Reports on dispensaries and lunatic asylums in the Province of Oudh - 1869-1876
Year: 1869
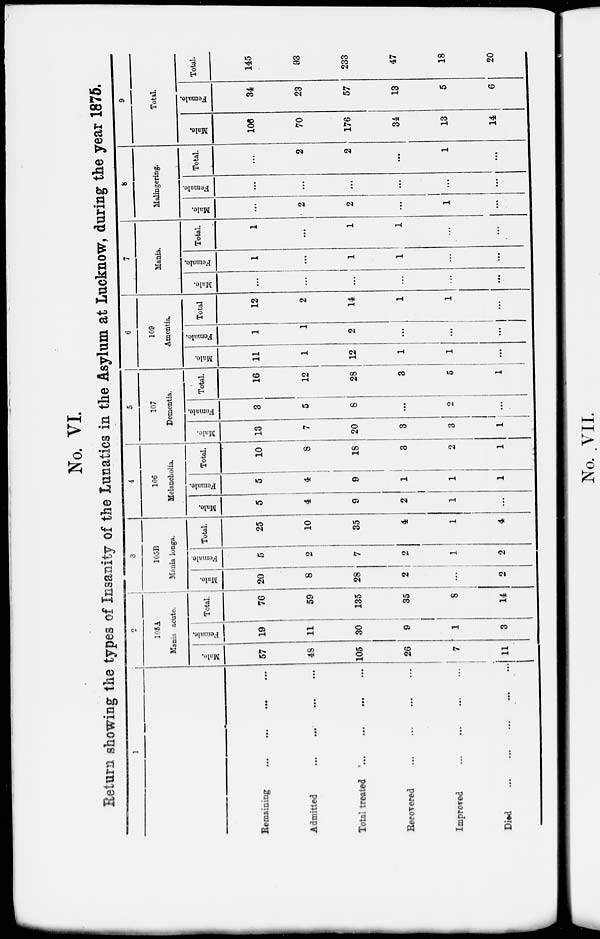
No. VI.
Return showing the types of Insanity of the Lunatics in the Asylum at Lucknow, during the year 1875.
1
Remaining ... ... ... …
Admitted … … … …
Total treated … … … …
Recovered … … … …
Improved … … … …
Died
...
... … …
2
105A
Mania acute.
Male.
57
48
105
26
7
11
Female.
19
11
30
9
1
3
Total.
76
59
135
35
8
14
3
105B
Mania longa.
Male.
20
8
28
2
...
2
Female.
5
2
7
2
1
2
Total.
25
10
35
4
1
4
4
106
Melancholia.
Male.
5
4
9
2
1
…
Female.
5
4
9
1
1
1
Total.
10
8
18
3
2
1
5
107
Dementia.
Male.
13
7
20
3
3
1
Female.
3
5
8
…
2
…
Total.
16
12
28
3
5
1
6
109
Amentia.
Male.
11
1
12
1
1
…
Female.
1
1
2
...
…
…
Total
12
2
14
1
1
…
7
Mania.
Male.
…
...
...
...
...
…
Female.
1
…
1
1
...
...
Total.
1
…
1
1
…
…
8
Malingering.
Male.
…
2
2
…
1
…
Female.
...
...
...
...
...
...
Total.
…
2
2
…
1
…
9
Total.
Male.
106
70
176
34
13
14
Female.
34
23
57
13
5
6
Total.
145
93
233
47
18
20